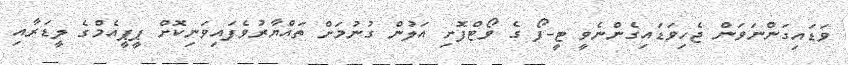
ވަޑައިގަންނަވަން ޖެހިވަޑައިގެންނެވީ ޓީ-ފޯ ގެ ވޯޓްފޮށި އަލުން ގުނުމަށް ތައްޔާރުވެފައިވަނިކޮށް ޕީޕީއެމްގެ ލީޑަރާއި